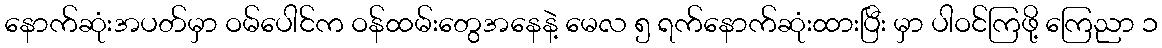
နောက်ဆုံးအပတ်မှာ ဝမ်ပေါင်က ဝန်ထမ်းတွေအနေနဲ့ မေလ ၅ ရက်နောက်ဆုံးထားပြီး မှာ ပါဝင်ကြဖို့ ကြေညာ ၁